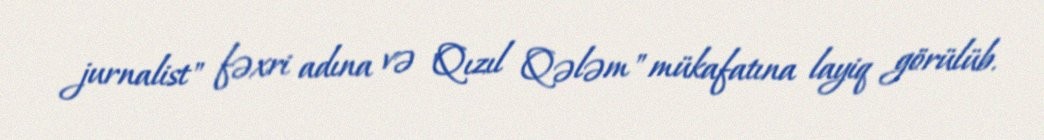
jurnalist" fəxri adına və "Qızıl Qələm" mükafatına layiq görülüb.